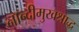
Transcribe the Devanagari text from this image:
नान्दीमुखश्राद्ध